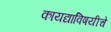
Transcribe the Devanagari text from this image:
कायद्याविषयीचे